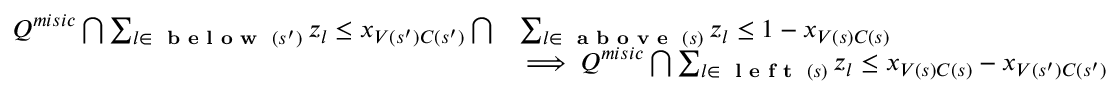
\begin{array} { r l } { Q ^ { m i s i c } \bigcap \sum _ { l \in \textup { \textbf { b e l o w } } ( s ^ { \prime } ) } z _ { l } \leq x _ { V ( s ^ { \prime } ) C ( s ^ { \prime } ) } \bigcap } & { \sum _ { l \in \textup { \textbf { a b o v e } } ( s ) } z _ { l } \leq 1 - x _ { V ( s ) C ( s ) } } \\ & { \implies Q ^ { m i s i c } \bigcap \sum _ { l \in \textup { \textbf { l e f t } } ( s ) } z _ { l } \leq x _ { V ( s ) C ( s ) } - x _ { V ( s ^ { \prime } ) C ( s ^ { \prime } ) } } \end{array}